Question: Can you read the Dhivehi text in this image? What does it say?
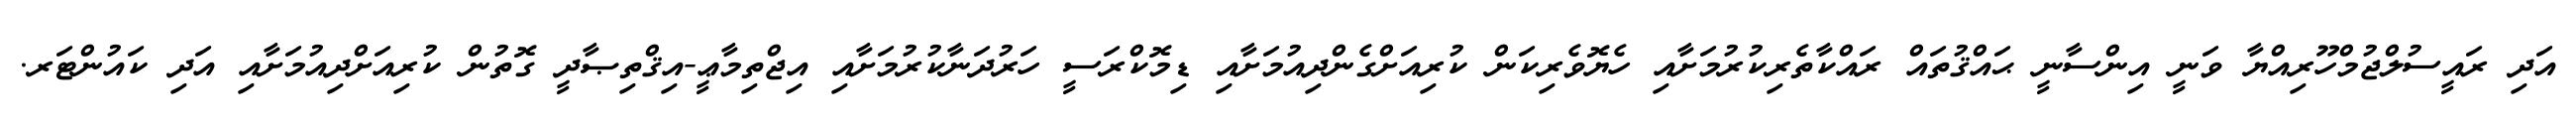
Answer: އަދި ރައީސުލްޖުމްހޫރިއްޔާ ވަނީ އިންސާނީ ޙައްޤުތައް ރައްކާތެރިކުރުމަށާއި ހެޔޮވެރިކަން ކުރިއަށްގެންދިއުމަށާއި ޑިމޮކްރަސީ ހަރުދަނާކުރުމަށާއި އިޖްތިމާޢީ-އިޤްތިޞާދީ ގޮތުން ކުރިއަށްދިއުމަށާއި އަދި ކައުންޓަރ.